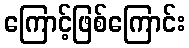
ကြောင့်ဖြစ်ကြောင်း